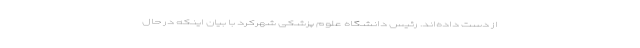
از دست داده‌اند. رئیس دانشگاه علوم پزشکی شهرکرد با بیان اینکه در حال